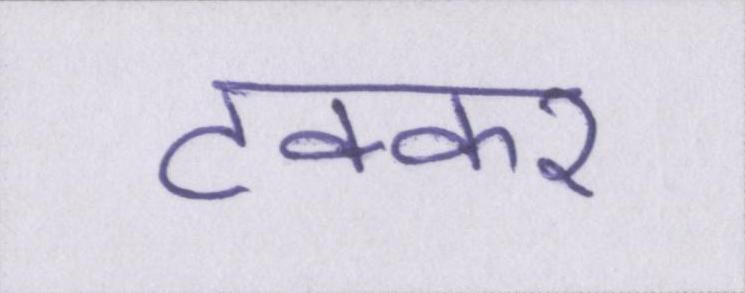
टक्कर